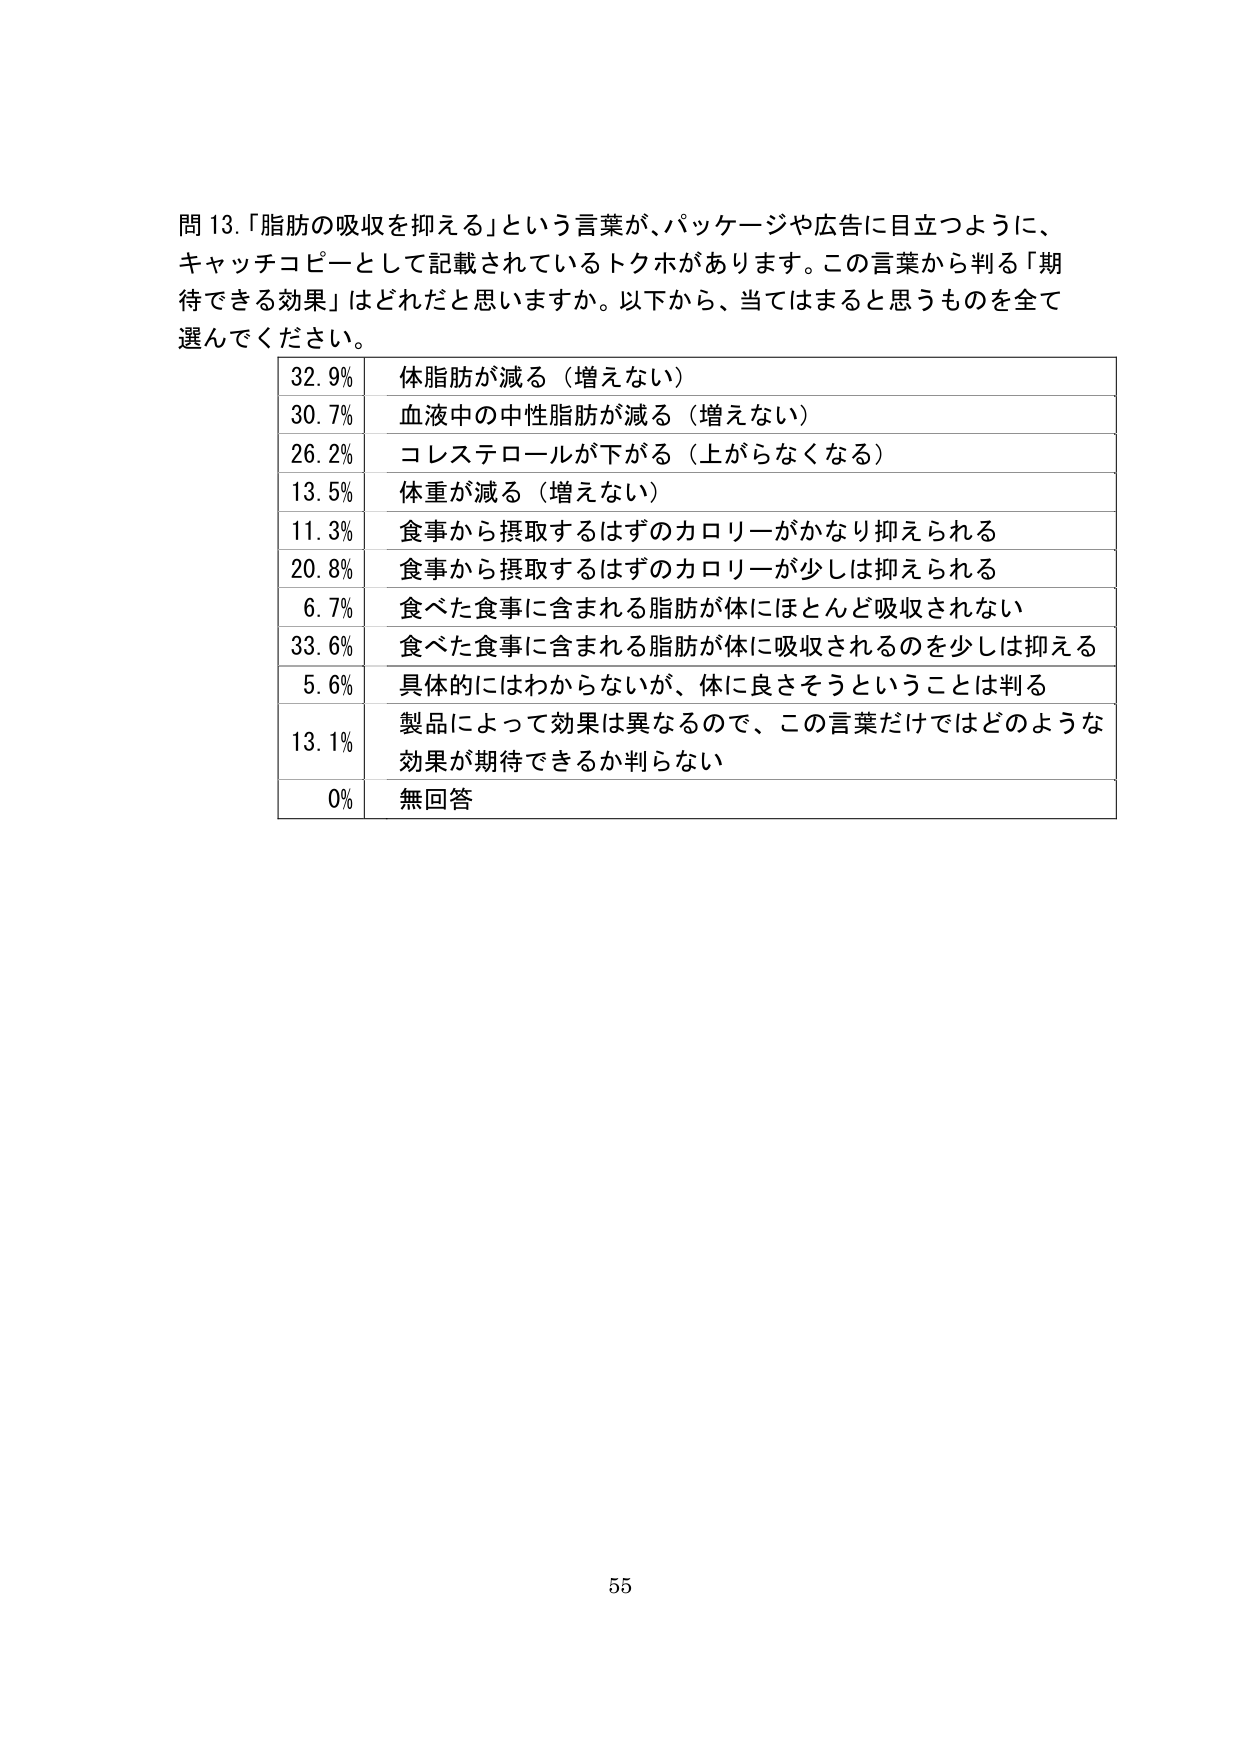
問 13.「脂肪の吸収を抑える」という言葉が、パッケージや広告に目立つように、
キャッチコピーとして記載されているトクホがあります。この言葉から判る「期
待できる効果」はどれだと思いますか。以下から、当てはまると思うものを全て
選んでください。

32.9% 体脂肪が減る（増えない）
30.7% 血液中の中性脂肪が減る（増えない）
26.2% コレステロールが下がる（上がらなくなる）
13.5% 体重が減る（増えない）
11.3% 食事から摂取するはずのカロリーがかなり抑えられる
20.8% 食事から摂取するはずのカロリーが少しは抑えられる
6.7% 食べた食事に含まれる脂肪が体にほとんど吸収されない
33.6% 食べた食事に含まれる脂肪が体に吸収されるのを少しは抑える
5.6% 具体的にはわからないが、体に良さそうということは判る
13.1% 製品によって効果は異なるので、この言葉だけではどのような
効果が期待できるか判らない
0% 無回答

55